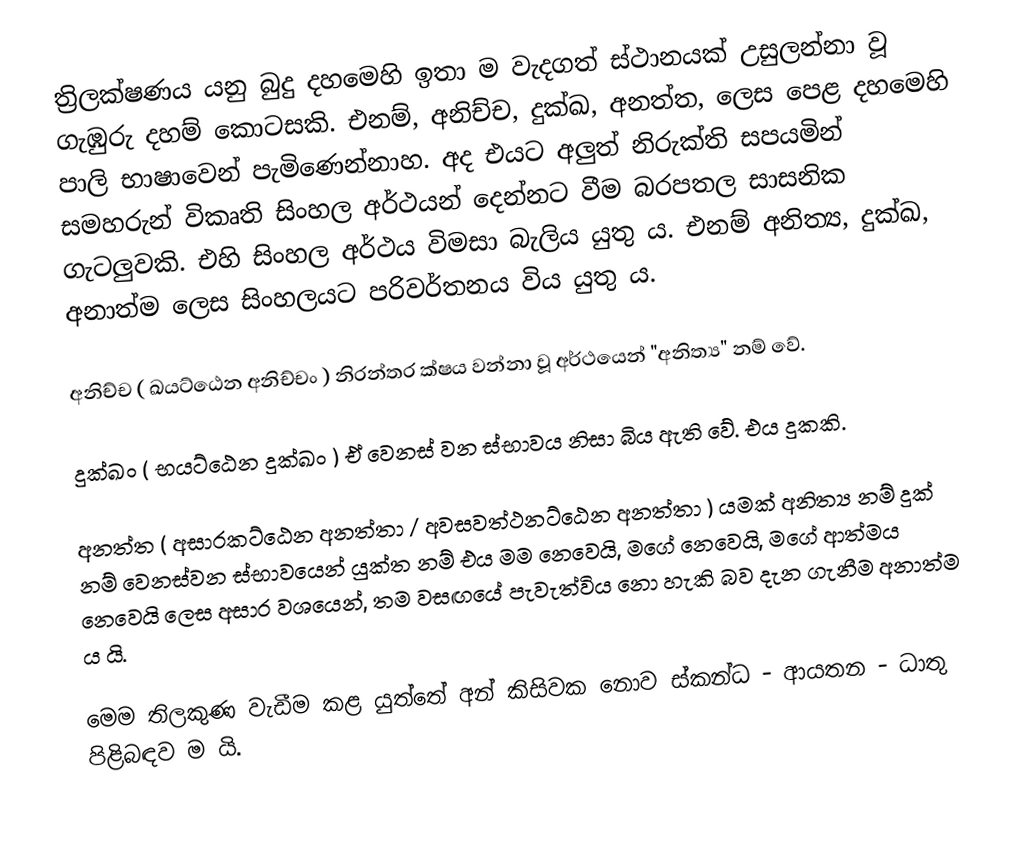
ත්‍රිලක්ෂණය යනු බුදු දහමෙහි ඉතා ම වැදගත් ස්ථානයක් උසුලන්නා වූ ගැඹුරු දහම් කොටසකි. එනම්, අනිච්ච, දුක්ඛ, අනත්ත, ලෙස පෙළ දහමෙහි පාලි භාෂාවෙන් පැමිණෙන්නාහ. අද එයට අලුත් නිරුක්ති සපයමින් සමහරුන් විකෘති සිංහල අර්ථයන් දෙන්නට වීම බරපතල සාසනික ගැටලුවකි. එහි සිංහල අර්ථය විමසා බැලිය යුතු ය. එනම් අනිත්‍ය, දුක්ඛ, අනාත්ම ලෙස සිංහලයට පරිවර්තනය විය යුතු ය.

අනිච්ච ( ඛයට්ඨෙන අනිච්චං ) නිරන්තර ක්ෂය වන්නා වූ අර්ථයෙන් "අනිත්‍ය" නම් වේ.

දුක්ඛං ( භයට්ඨෙන දුක්ඛං ) ඒ වෙනස් වන ස්භාවය නිසා බිය ඇති වේ. එය දුකකි.

අනත්ත ( අසාරකට්ඨෙන අනත්තා / අවසවත්ථනට්ඨෙන අනත්තා ) යමක් අනිත්‍ය නම් දුක් නම් වෙනස්වන ස්භාවයෙන් යුක්ත නම් එය මම නෙවෙයි, මගේ නෙවෙයි, මගේ ආත්මය නෙවෙයි ලෙස අසාර වශයෙන්, තම වසඟයේ පැවැත්විය නො හැකි බව දැන ගැනීම අනාත්ම ය යි.

මෙම තිලකුණ වැඩීම කළ යුත්තේ අන් කිසිවක නොව ස්කන්ධ - ආයතන - ධාතු පිළිබඳව ම යි.